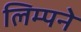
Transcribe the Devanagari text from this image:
लिम्पने